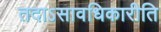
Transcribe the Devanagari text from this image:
तदाऽसावधिकारीति